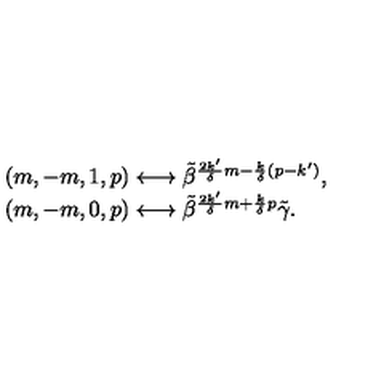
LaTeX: \begin{array} { l } { ( m , - m , 1 , p ) \longleftrightarrow \tilde { \beta } ^ { \frac { 2 k ^ { \prime } } { \delta } m - \frac { k } { \delta } ( p - k ^ { \prime } ) } , } \\ { ( m , - m , 0 , p ) \longleftrightarrow \tilde { \beta } ^ { \frac { 2 k ^ { \prime } } { \delta } m + \frac { k } { \delta } p } \tilde { \gamma } . } \\ \end{array}